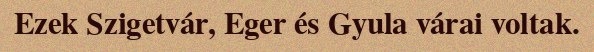
Ezek Szigetvár, Eger és Gyula várai voltak.